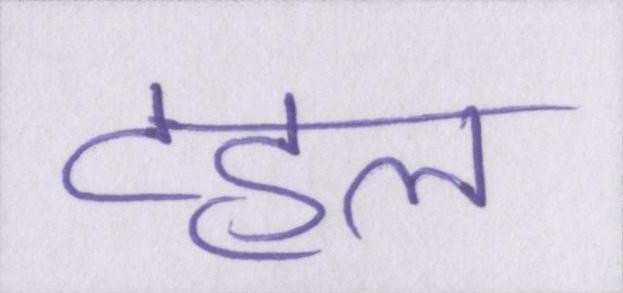
टहल